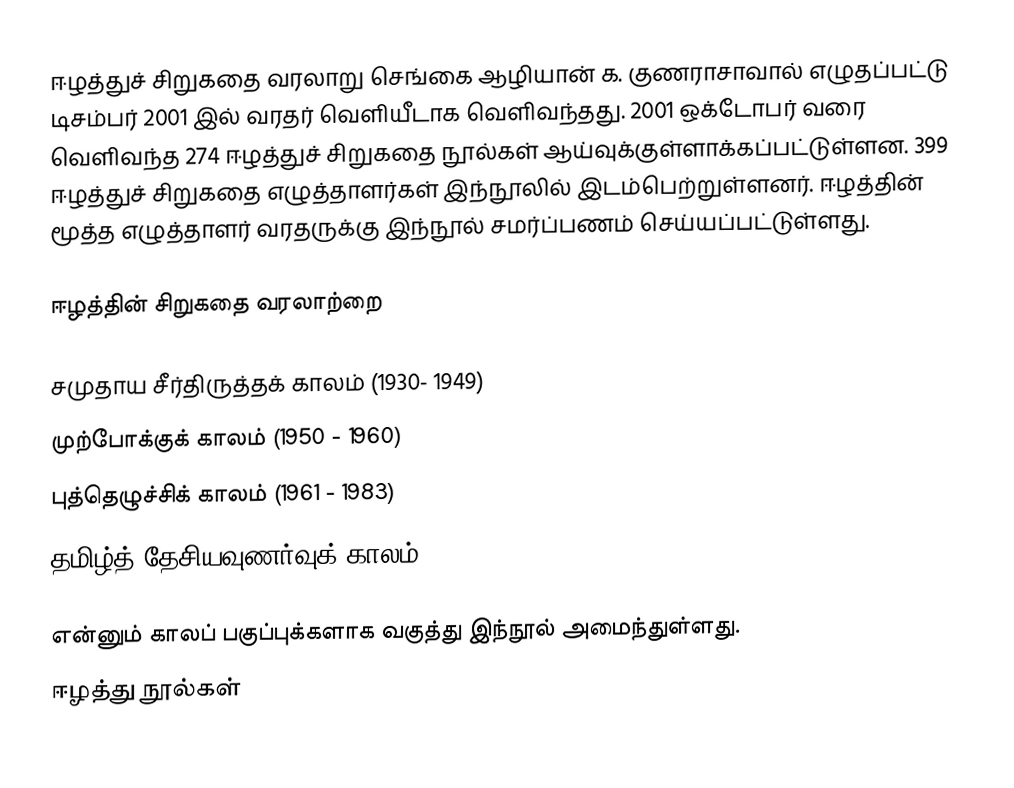
ஈழத்துச் சிறுகதை வரலாறு செங்கை ஆழியான் க. குணராசாவால் எழுதப்பட்டு டிசம்பர் 2001 இல் வரதர் வெளியீடாக வெளிவந்தது. 2001 ஒக்டோபர் வரை வெளிவந்த 274 ஈழத்துச் சிறுகதை நூல்கள் ஆய்வுக்குள்ளாக்கப்பட்டுள்ளன. 399 ஈழத்துச் சிறுகதை எழுத்தாளர்கள் இந்நூலில் இடம்பெற்றுள்ளனர். ஈழத்தின் மூத்த எழுத்தாளர் வரதருக்கு இந்நூல் சமர்ப்பணம் செய்யப்பட்டுள்ளது.

ஈழத்தின் சிறுகதை வரலாற்றை

 சமுதாய சீர்திருத்தக் காலம் (1930- 1949)
 முற்போக்குக் காலம் (1950 - 1960)
 புத்தெழுச்சிக் காலம் (1961 - 1983)
 தமிழ்த் தேசியவுணர்வுக் காலம் (1983 - )

என்னும் காலப் பகுப்புக்களாக வகுத்து இந்நூல் அமைந்துள்ளது.
ஈழத்து நூல்கள்